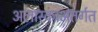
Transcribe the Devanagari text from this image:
अलास्काअंतर्गत